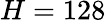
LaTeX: H=128